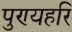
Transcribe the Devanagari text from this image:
पुण्यहरि